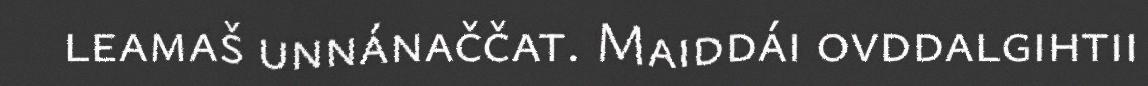
leamaš unnánaččat. Maiddái ovddalgihtii